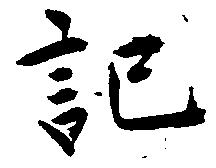
記